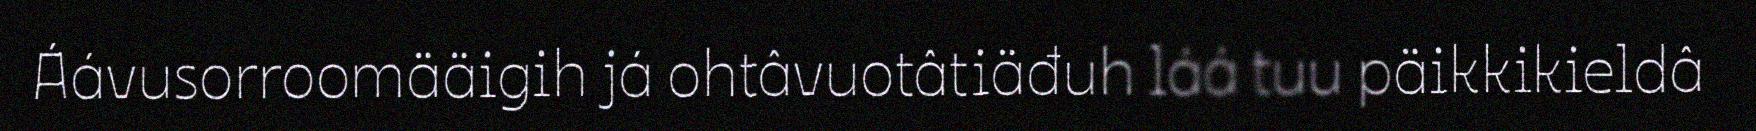
Áávusorroomääigih já ohtâvuotâtiäđuh láá tuu päikkikieldâ